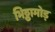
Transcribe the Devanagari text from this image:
भिठ्ठामोड़